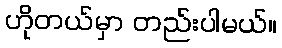
ဟိုတယ်မှာ တည်းပါမယ်။